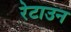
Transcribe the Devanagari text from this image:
रेटाउन